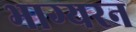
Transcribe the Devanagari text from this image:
भाग्यरन